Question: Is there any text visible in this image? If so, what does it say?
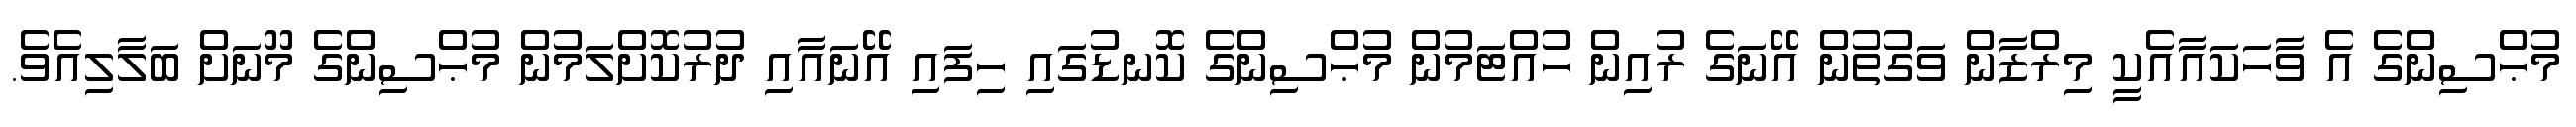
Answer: މުޙްސިންގެ އެ ވާހަކައާއެކީ މިރްޒާން ވަގުތުން އޭނަގެ ރުއިން ހުއްޓަމުން މުޙްސިންގެ ކޮނޑުގައި ހިފައި އޭނައާއި ދުރުކޮށްލަމުން މުޙްސިންގެ މޫނަށް ބަލާލިއެވެ.